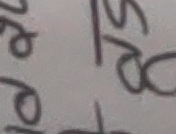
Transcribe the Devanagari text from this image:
गे टो ष्टा